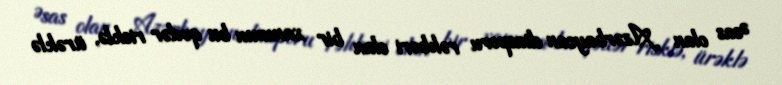
Əsas olan Azərbaycan diasporu rəhbəri olan bir xanımın bu qədər risklə, ürəklə